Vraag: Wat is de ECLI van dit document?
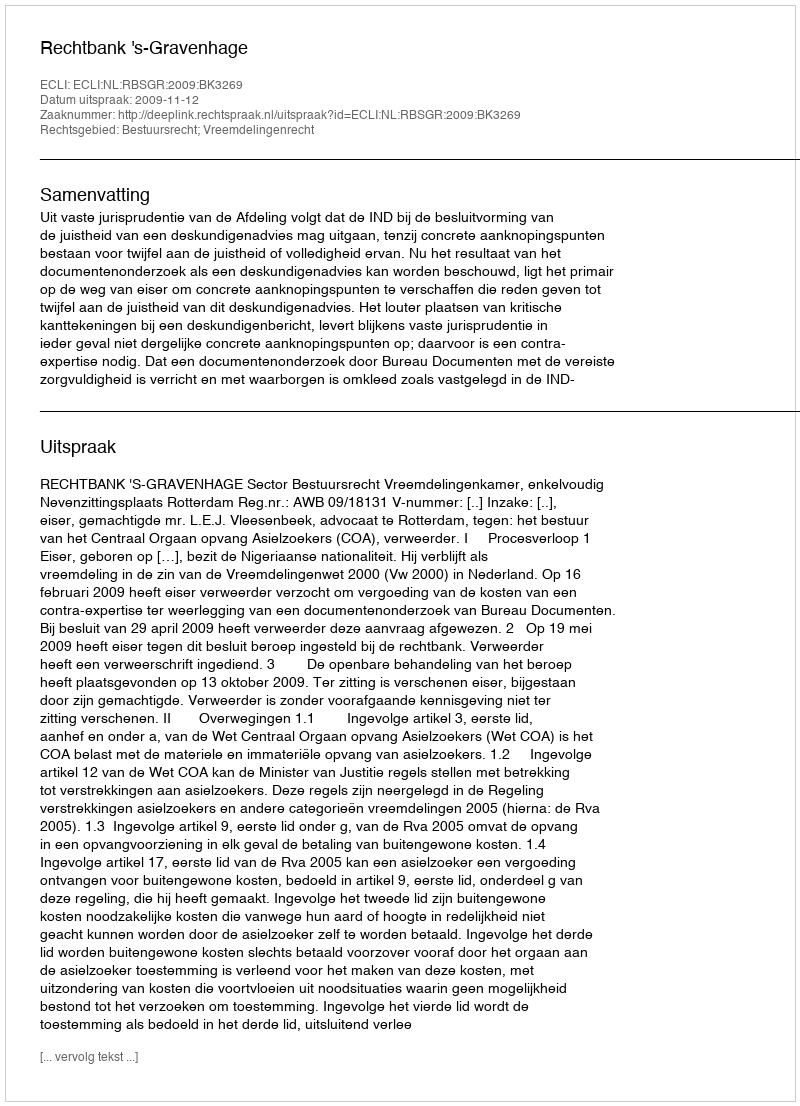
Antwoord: ECLI:NL:RBSGR:2009:BK3269